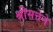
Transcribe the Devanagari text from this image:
श्रीसत्तेने